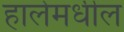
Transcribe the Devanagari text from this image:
हालेमधील